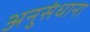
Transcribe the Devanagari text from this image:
अनुसंधाना